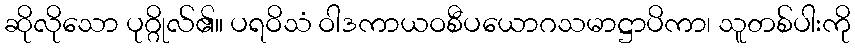
ဆိုလိုသော ပုဂ္ဂိုလ်၏။ ပရဝိသံ ဝါဒကာယဝစီပယောဂသမာဋ္ဌာပိကာ၊ သူတစ်ပါးကို